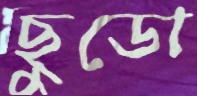
ছুডো